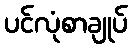
ပင်လုံစာချုပ်